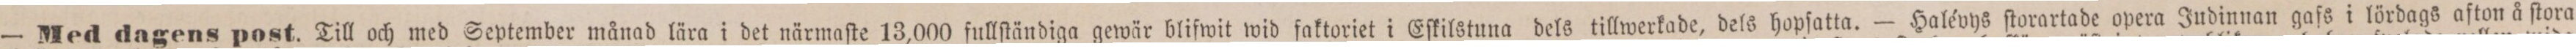
— Med dagens post. Till och med September månad lära i det närmaſte 13,000 fullſtändiga gewär blifwit wid faktoriet i Eſkilstuna dels tillwerkade, dels hopſatta. — Halévys ſtorartade opera Judinnan gafs i lördags afton å ſtora